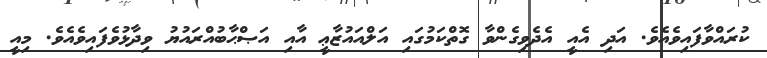
ކުރައްވާފައިވެއެވެ. އަދި އެއީ އެދެވިގެންވާ ގޮތްކަމުގައި އަލްއައުޒާޢީ އާއި އަޞްޙާބުއްރައުޔު ވިދާޅުވެފައިވެއެވެ. މިއީ